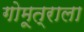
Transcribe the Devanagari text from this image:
गोमूत्राला